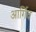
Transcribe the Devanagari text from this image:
आर्गिव